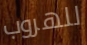
للهروب